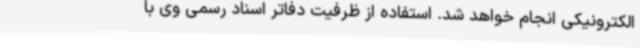
الکترونیکی انجام خواهد شد. استفاده از ظرفیت دفاتر اسناد رسمی وی با